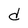
Character: d